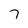
Character: 7